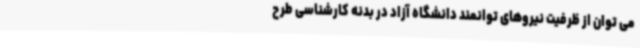
می توان از ظرفیت نیروهای توانمند دانشگاه آزاد در بدنه کارشناسی طرح